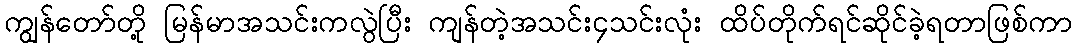
ကျွန်တော်တို့ မြန်မာအသင်းကလွဲပြီး ကျန်တဲ့အသင်း၄သင်းလုံး ထိပ်တိုက်ရင်ဆိုင်ခဲ့ရတာဖြစ်ကာ